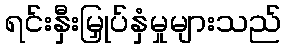
ရင်းနှီးမြှုပ်နှံမှုများသည်